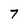
Character: 7